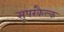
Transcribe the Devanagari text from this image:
सुपरकैल्क